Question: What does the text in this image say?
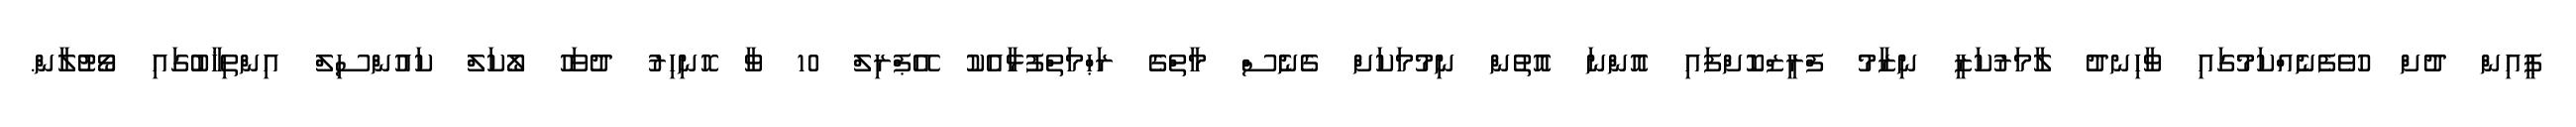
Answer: ޕީއިން ދުށް ހުވެފެނެއްކަމުގައި ވާހިނދު ލާމަރުކަޒީ ނިޒާމު ފްރީޒްކޮށްފައި އޮންނަ އޮތުން ނިމުމަކަށް ގެނެސް މާތްގެ ރަޙްމަތްފުޅާއެކު އޭޕްރިލް 10 ވާ ހޮނިހިރު ދުވަހު ލޯކަލް ކައުންސިލް އިންތިޚާބުގައި ވޯޓުލާން.